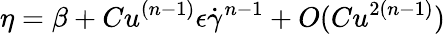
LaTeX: \eta=\beta+Cu^{(n-1)}\epsilon\dot{\gamma}^{n-1}+O(Cu^{2(n-1)})